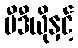
ဗီဒီယိုနှင့်